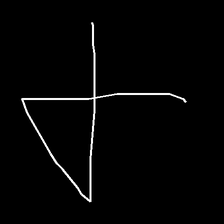
Glyph: collection